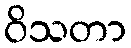
ဝိသတာ